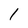
Character: 1